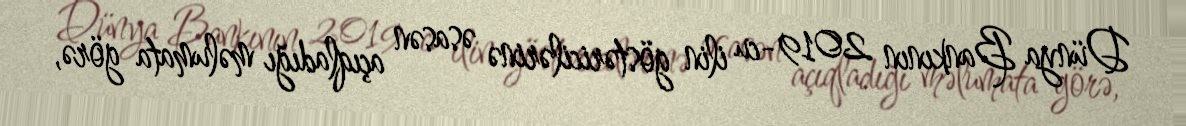
Dünya Bankının 2019-cu ilin göstəricilərinə əsasən açıqladığı məlumata görə,